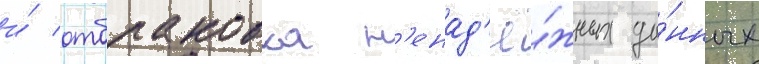
и́ отбраковка н'енад'ё́жных да́нных